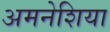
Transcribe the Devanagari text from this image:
अमनेशिया